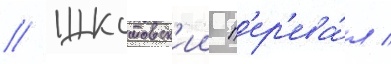
// Шкотовск'ии п'ер'ева́л /